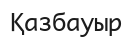
Қазбауыр